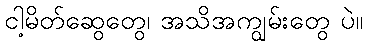
ငါ့မိတ်ဆွေတွေ၊ အသိအကျွမ်းတွေ ပဲ။